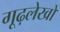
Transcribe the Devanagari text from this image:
गूढ़लेखों